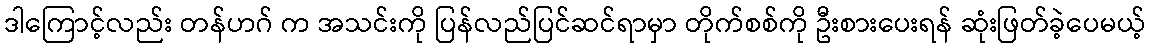
ဒါကြောင့်လည်း တန်ဟဂ် က အသင်းကို ပြန်လည်ပြင်ဆင်ရာမှာ တိုက်စစ်ကို ဦးစားပေးရန် ဆုံးဖြတ်ခဲ့ပေမယ့်